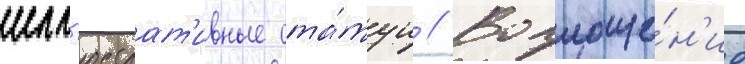
илл'юстрат'ивные ста́туи // Воплоще́н'ие